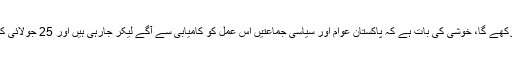
انہوں نے کہا کہ یہ تیسرا الیکشن ہے جو پاکستان میں جمہوری نظام کو جاری رکھے گا، خوشی کی بات ہے کہ پاکستان عوام اور سیاسی جماعتیں اس عمل کو کامیابی سے آگے لیکر جارہی ہیں اور 25 جولائی کو عوام اپنا حق اداکرے گی اور ملک کو جمہوری نظام کی طرف لیکر جائی گی۔